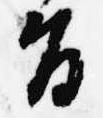
旨